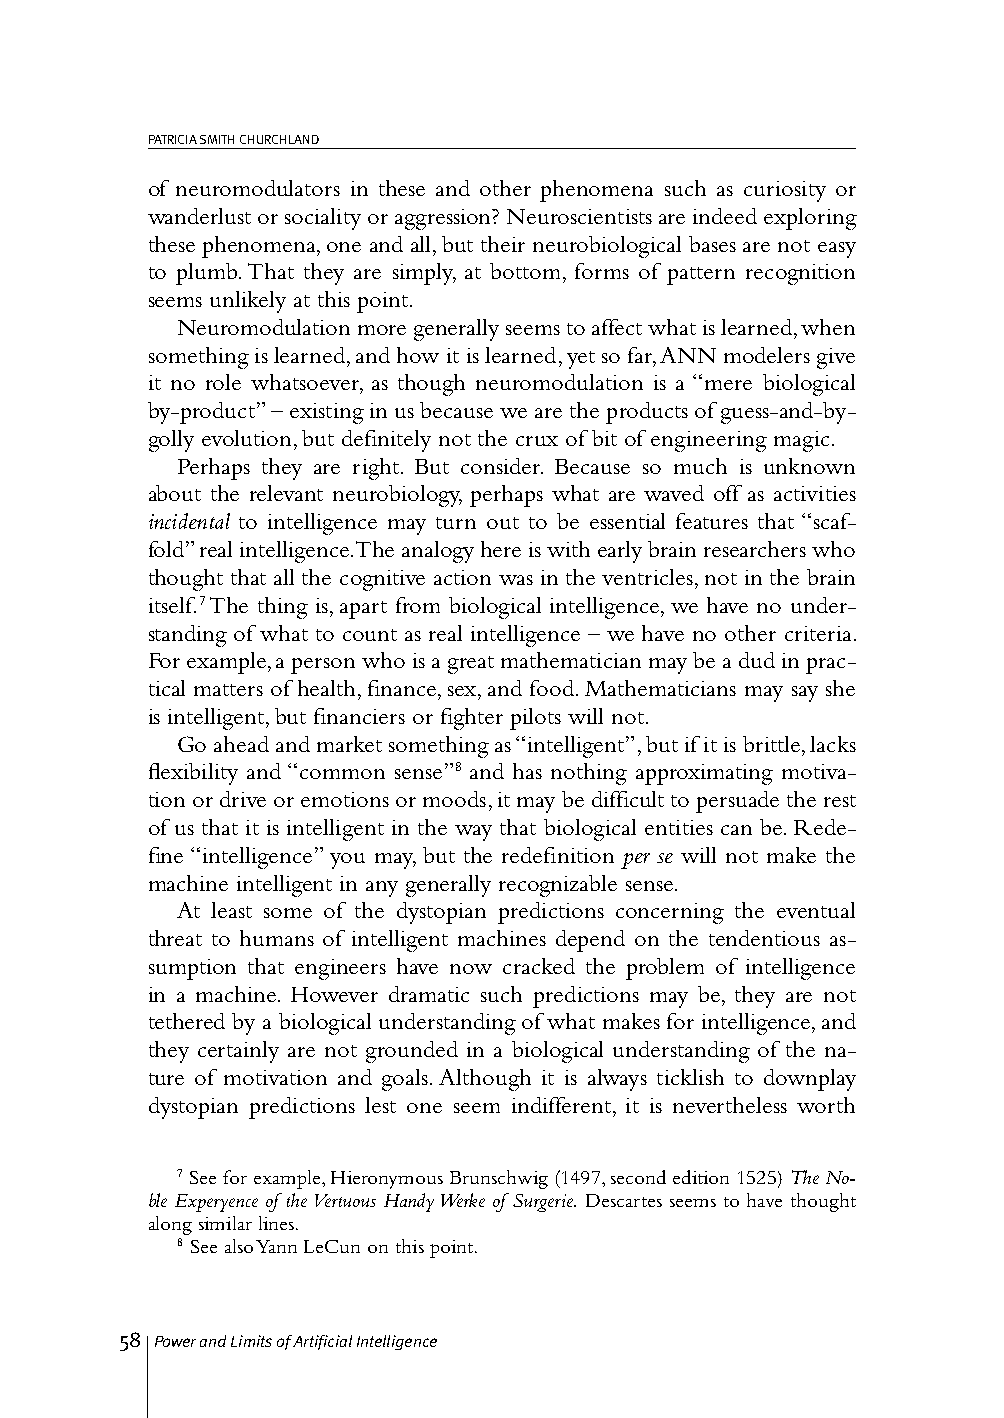
PATRICIA SMITH CHURCHLAND
 of neuromodulators in these and other phenomena such as curiosity or
 wanderlust or sociality or aggression? Neuroscientists are indeed exploring
 these phenomena, one and all, but their neurobiological bases are not easy
 to plumb. That they are simply, at bottom, forms of pattern recognition
 seems unlikely at this point.
 Neuromodulation more generally seems to affect what is learned, when
 something is learned, and how it is learned, yet so far, ANN modelers give
 it no role whatsoever, as though neuromodulation is a “mere biological
 by-product” – existing in us because we are the products of guess-and-by-
 golly evolution, but definitely not the crux of bit of engineering magic.
 Perhaps they are right. But consider. Because so much is unknown
 about the relevant neurobiology, perhaps what are waved off as activities
 incidental to intelligence may turn out to be essential features that “scaf-
 fold” real intelligence. The analogy here is with early brain researchers who
 thought that all the cognitive action was in the ventricles, not in the brain
 itself.7 The thing is, apart from biological intelligence, we have no under-
 standing of what to count as real intelligence – we have no other criteria.
 For example, a person who is a great mathematician may be a dud in prac-
 tical matters of health, finance, sex, and food. Mathematicians may say she
 is intelligent, but financiers or fighter pilots will not.
 Go ahead and market something as “intelligent”, but if it is brittle, lacks
 flexibility and “common sense”8 and has nothing approximating motiva-
 tion or drive or emotions or moods, it may be difficult to persuade the rest
 of us that it is intelligent in the way that biological entities can be. Rede-
 fine “intelligence” you may, but the redefinition per se will not make the
 machine intelligent in any generally recognizable sense.
 At least some of the dystopian predictions concerning the eventual
 threat to humans of intelligent machines depend on the tendentious as-
 sumption that engineers have now cracked the problem of intelligence
 in a machine. However dramatic such predictions may be, they are not
 tethered by a biological understanding of what makes for intelligence, and
 they certainly are not grounded in a biological understanding of the na-
 ture of motivation and goals. Although it is always ticklish to downplay
 dystopian predictions lest one seem indifferent, it is nevertheless worth
 7 See for example, Hieronymous Brunschwig (1497, second edition 1525) The No-
 ble Experyence of the Vertuous Handy Werke of Surgerie. Descartes seems to have thought
 along similar lines.
 8 See also Yann LeCun on this point.
 58 Power and Limits of Artificial Intelligence